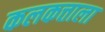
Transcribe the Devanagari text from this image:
कलकत्ताला